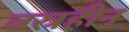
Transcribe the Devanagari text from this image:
वस्रहीन